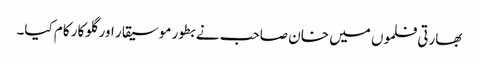
بھارتی فلموں میں خان صاحب نے بطور موسیقار اور گلوکار کام کیا۔